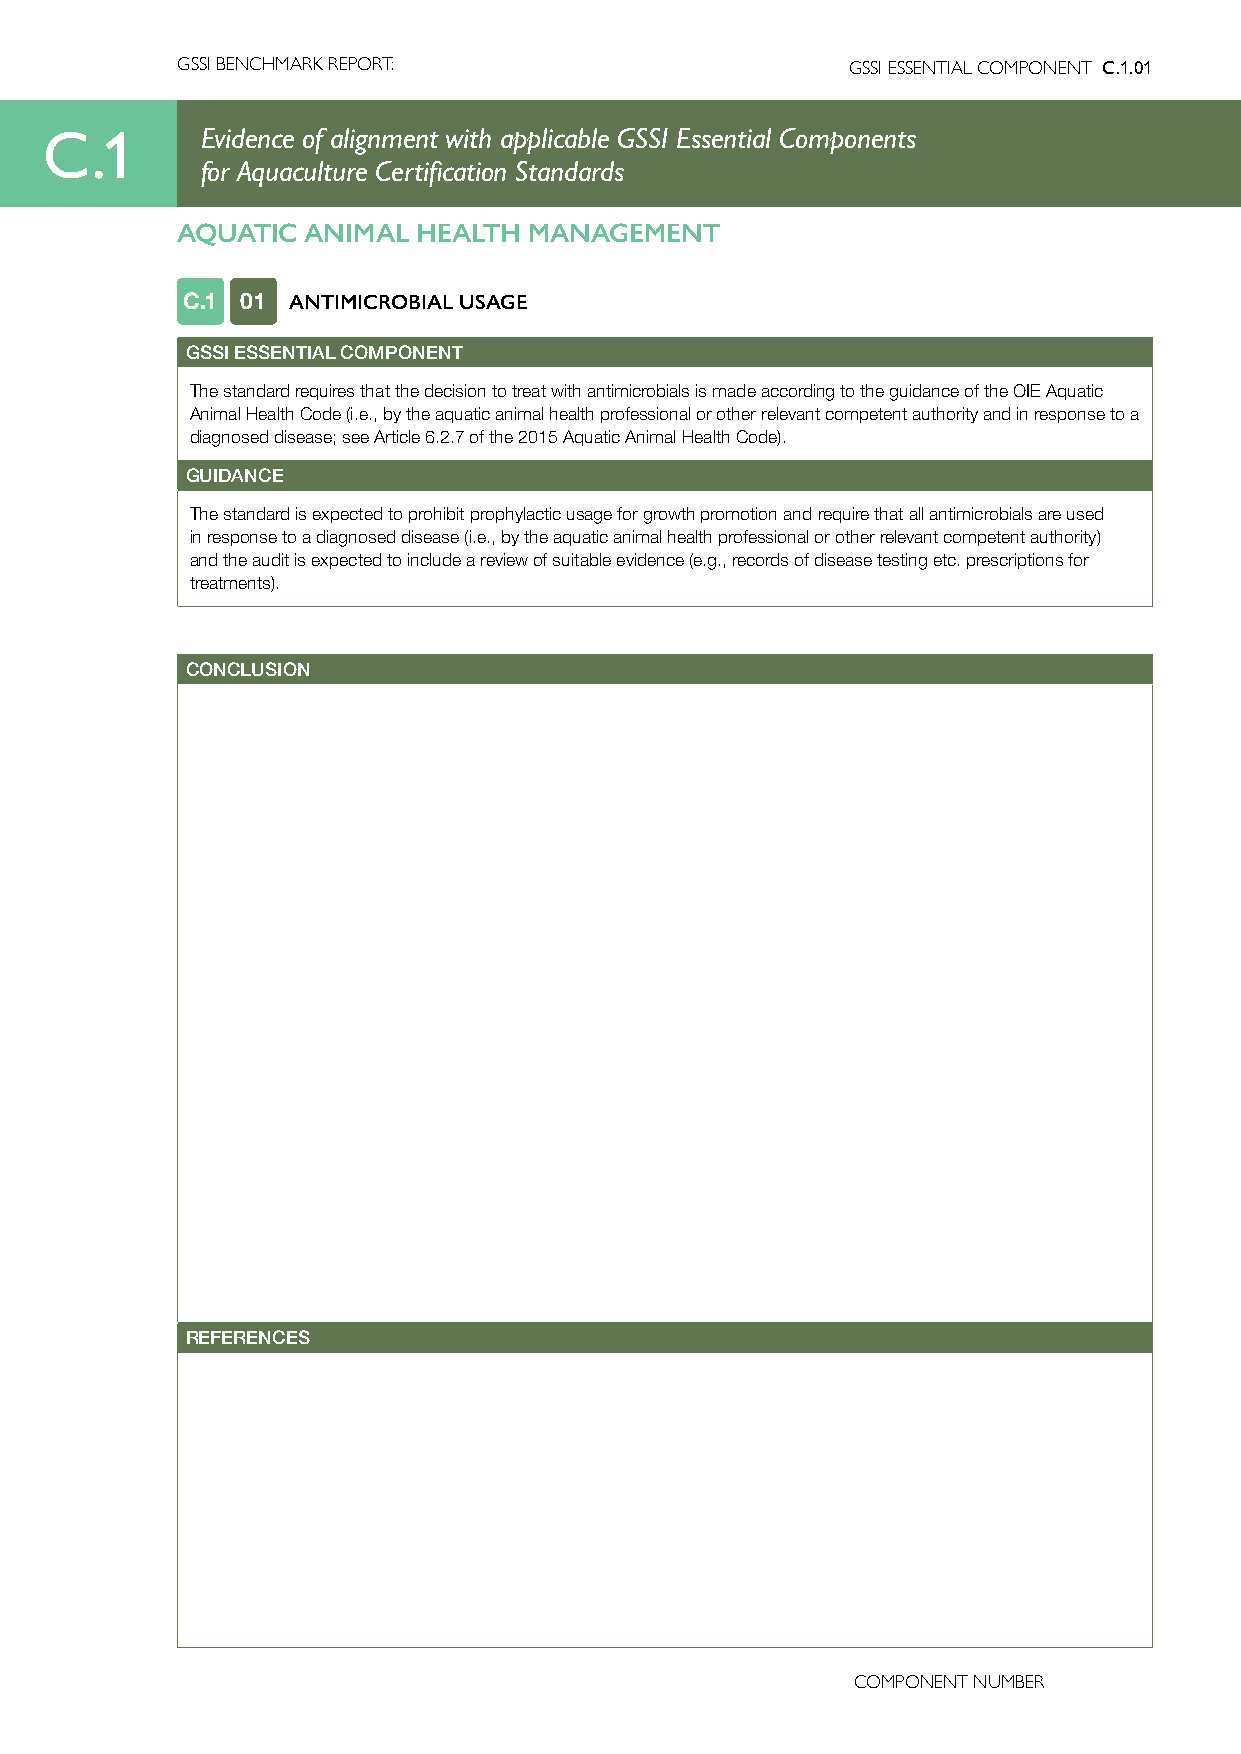
GSSI BENCHMARK REPORT:                      GSSI ESSENTIAL COMPONENT C.1.01
 C.1       Evidence of alignment with applicable GSSI Essential Components
 for Aquaculture Certification Standards
 AQUATIC ANIMAL  HEALTH MANAGEMENT
 C.1 01 ANTIMICROBIAL USAGE
 GSSI ESSENTIAL COMPONENT
 The standard requires that the decision to treat with antimicrobials is made according to the guidance of the OIE Aquatic
 Animal Health Code (i.e., by the aquatic animal health professional or other relevant competent authority and in response to a
 diagnosed disease; see Article 6.2.7 of the 2015 Aquatic Animal Health Code).
 GUIDANCE
 The standard is expected to prohibit prophylactic usage for growth promotion and require that all antimicrobials are used
 in response to a diagnosed disease (i.e., by the aquatic animal health professional or other relevant competent authority)
 and the audit is expected to include a review of suitable evidence (e.g., records of disease testing etc. prescriptions for
 treatments).
 CONCLUSION
 REFERENCES
 COMPONENT NUMBER